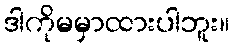
ဒါကိုမမှာထားပါဘူး။